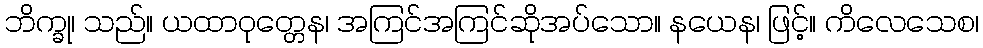
ဘိက္ခု၊ သည်။ ယထာဝုတ္တေန၊ အကြင်အကြင်ဆိုအပ်သော။ နယေန၊ ဖြင့်။ ကိလေသေစ၊